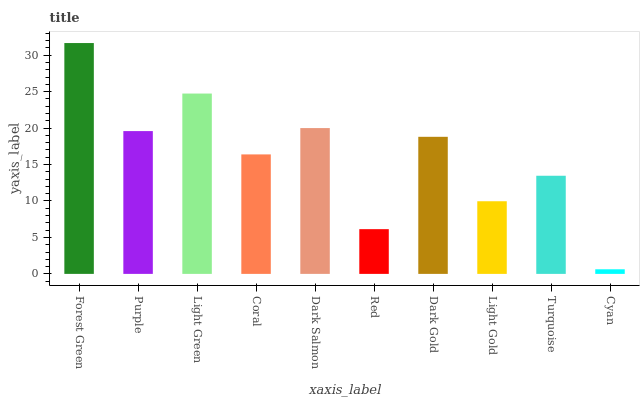
| xaxis_label | bars |
 | --- | --- |
 | Forest Green | 31.7 |
 | Purple | 19.6 |
 | Light Green | 24.7 |
 | Coral | 16.4 |
 | Dark Salmon | 20 |
 | Red | 6.14 |
 | Dark Gold | 18.8 |
 | Light Gold | 9.97 |
 | Turquoise | 13.5 |
 | Cyan | 0.631 |